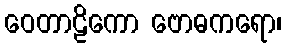
ဝေတာဠိကော ဗောဓကရော၊